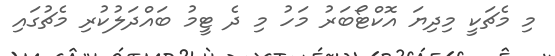
މި މެޗަކީ މިދިޔަ އޮކްޓޯބަރު މަހު މި ދެ ޓީމު ބައްދަލުކުރި މެޗުގައި